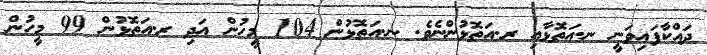
ދައްކާފައިވަނީ ނ.އަތޮޅާއި ރ.އަތޮޅުންނެވެ. ނ.އަތޮޅުން 104 މީހުން އަދި ރ.އަތޮޅުން 99 މީހުން